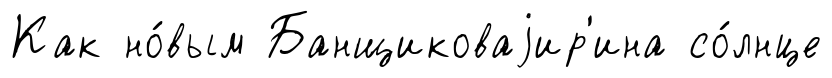
Как но́вым Банщиковаjир'ина со́лнце